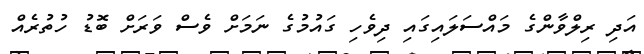
އަދި ރިލްވާންގެ މައްސަލައިގައި ދިވެހި ގައުމުގެ ނަމަށް ވެސް ވަރަށް ބޮޑު ހުތުރެއް